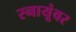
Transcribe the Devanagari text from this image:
स्नायूंवर